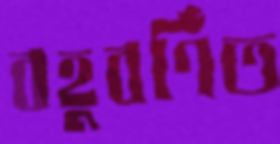
বহুবর্ণিত